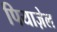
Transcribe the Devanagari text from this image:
पियाज़ेल